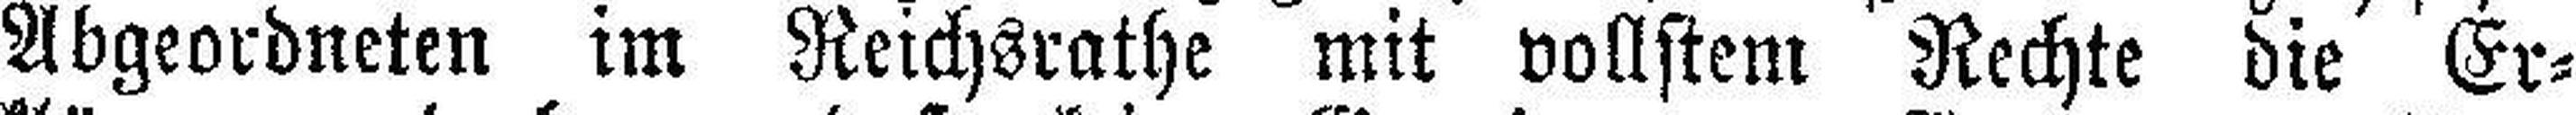
Abgeordneten im Reichsrathe mit vollstem Rechte die Er¬